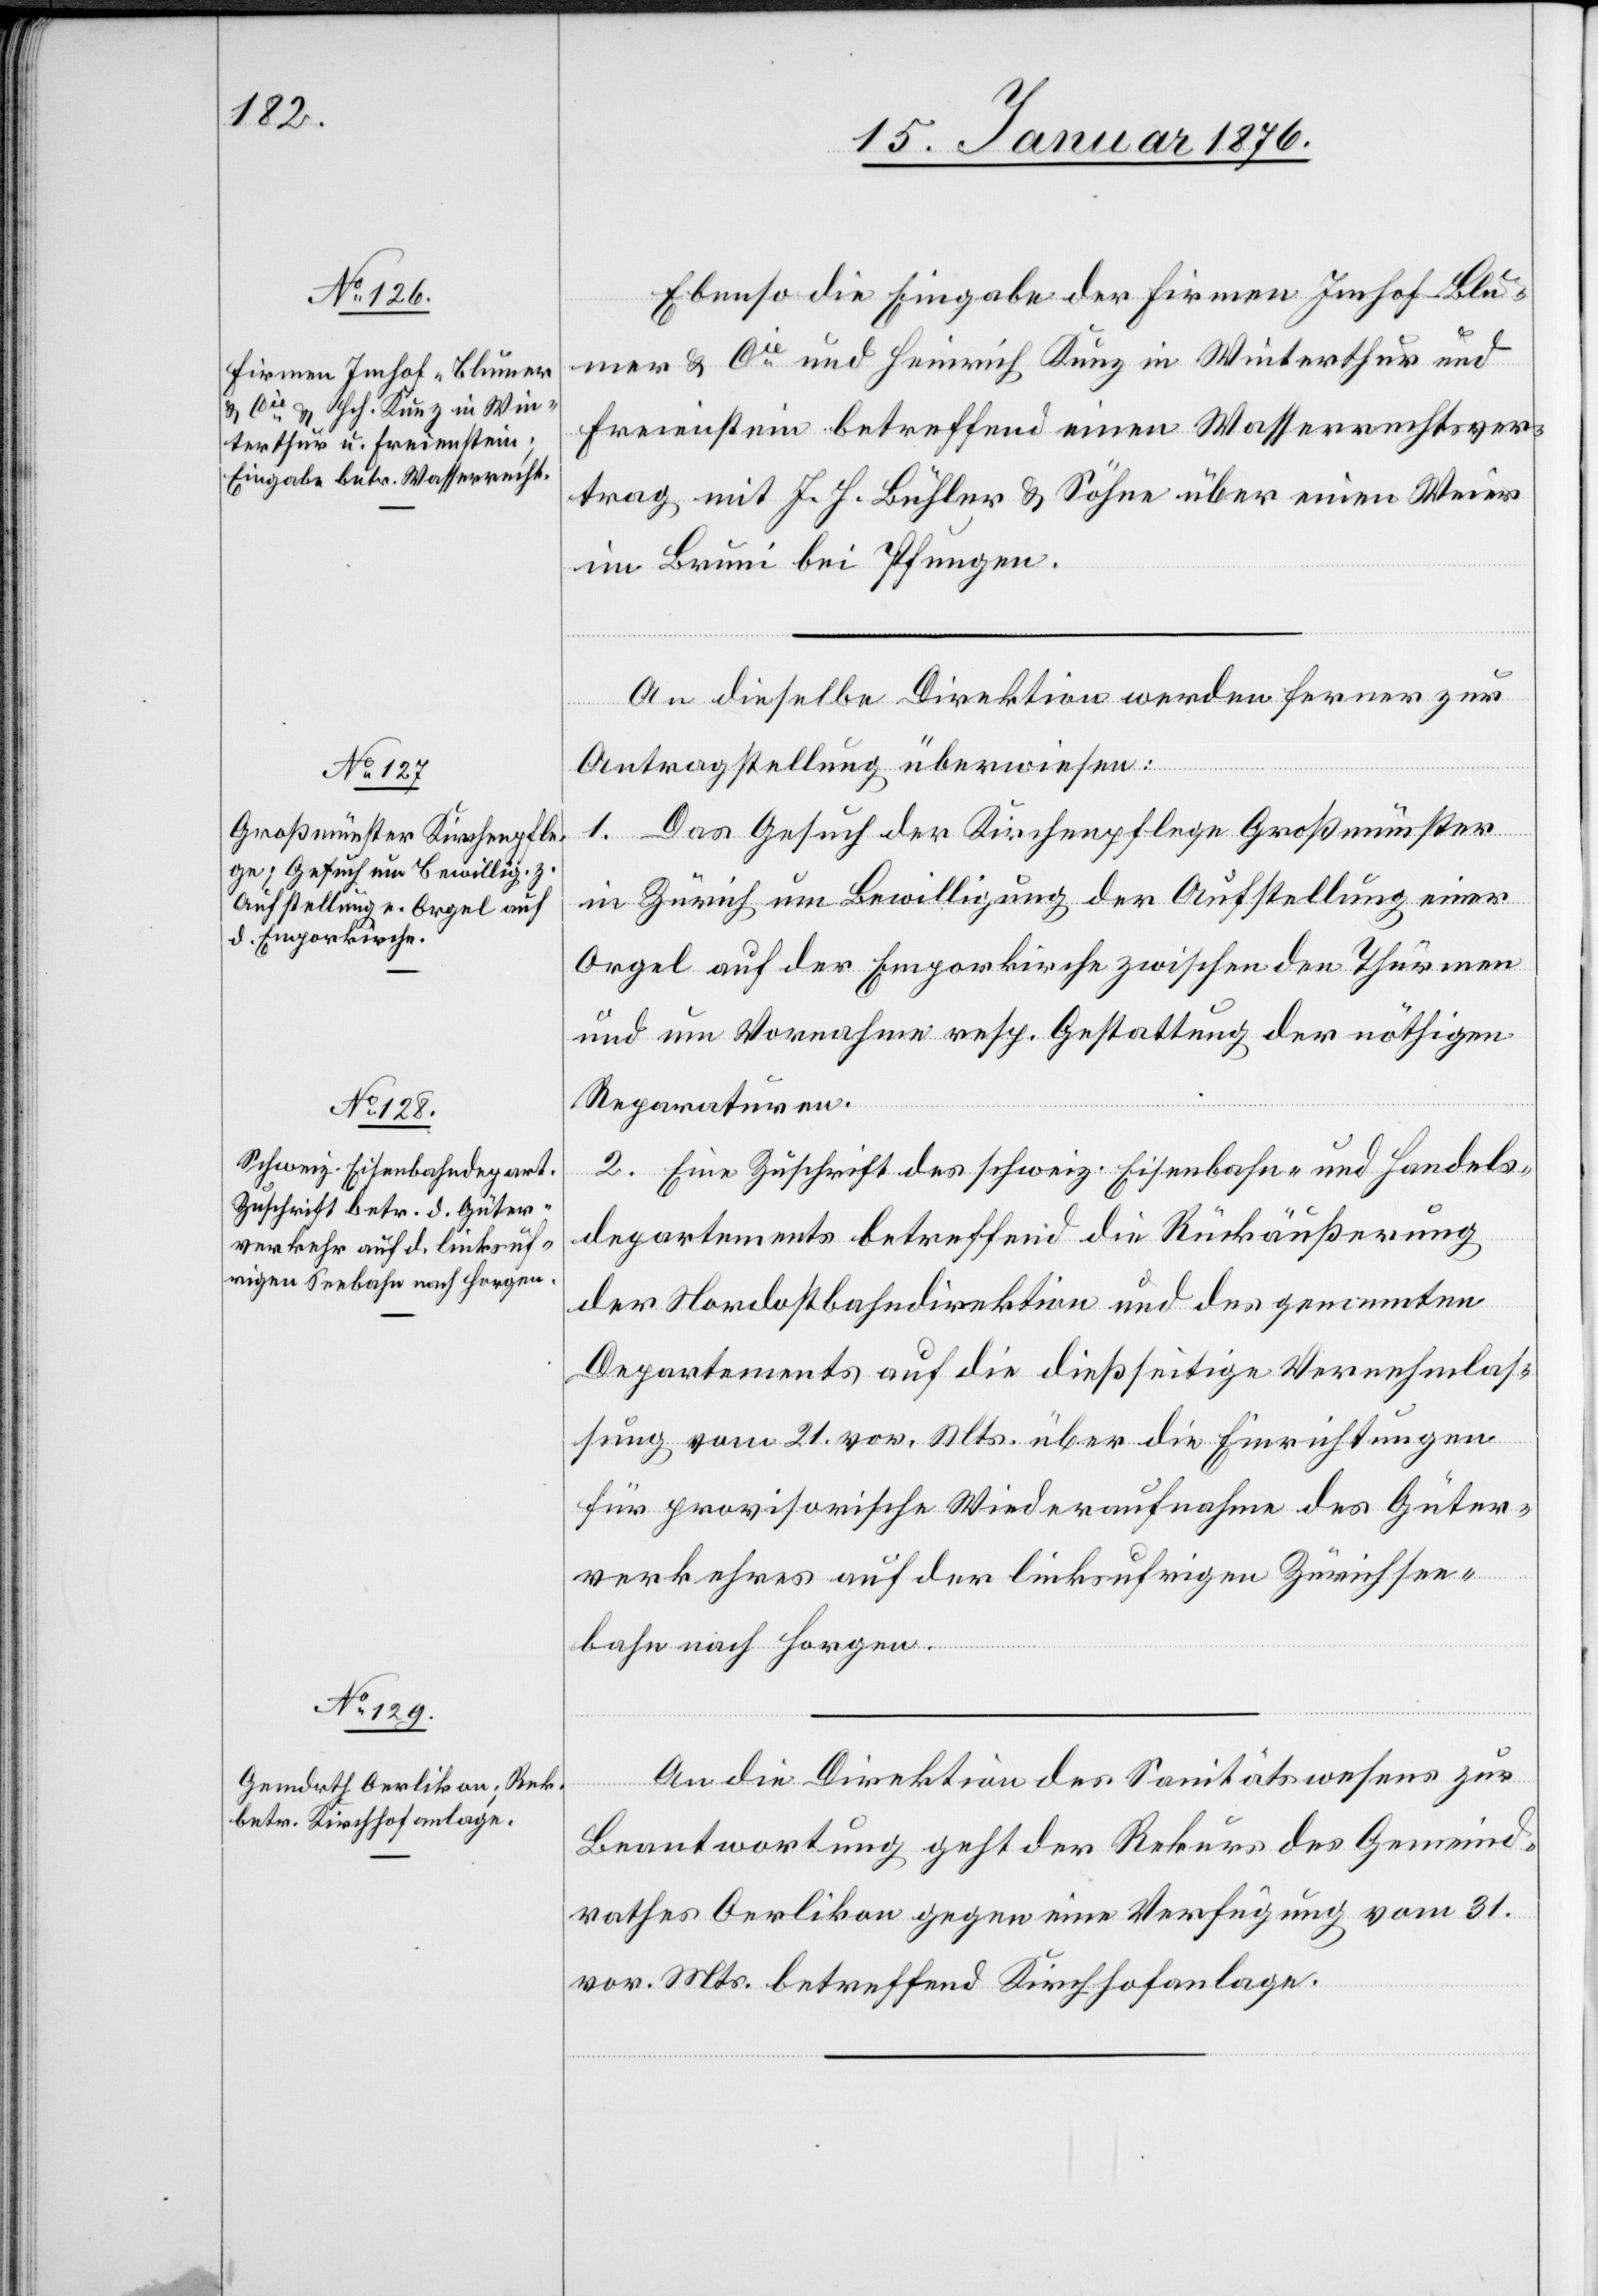
18. Januar 1876.]
Ebenso die Eingabe der Firmen Imhof-Blu¬
mer & Cie. und Heinrich Kunz in Winterthur und
Freienstein betreffend einen Wasserrechtsver¬
trag mit J. H. Bühler & Söhne über einen Weier
im Bruni bei Pfungen.
An dieselbe Direktion werden ferner zur
Antragstellung überwiesen:
1. Das Gesuch der Kirchenpflege Großmünster
in Zürich um Bewilligung der Aufstellung einer
Orgel auf der Emporkirche zwischen den Thürmen
und um Vornahme resp. Gestaltung der nöthigen
Reparaturen.
2. Eine Zuschrift des schweiz. Eisenbahn- und Handels¬
departements betreffend die Rückäußerung
der Nordostbahndirektion und des genannten
Departements auf die dießseitige Vernehmlas¬
sung vom 21. vor. Mts. über die Einrichtungen
für provisorische Wiederaufnahme des Güter¬
verkehres auf der linksufrigen Zürichsee¬
bahn nach Horgen.
An die Direktion des Sanitätswesens zur
Beantwortung geht der Rekurs des Gemeind¬
rathes Oerlikon gegen eine Verfügung vom 31.
vor. Mts. betreffend Kirchhofanlage.